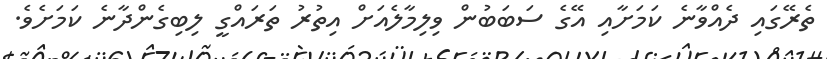
ތެރޭގައި ދެއްވާނެ ކަމަށާއި އޭގެ ސަބަބުން ވިލިމާލެއަށް އިތުރު ތަރައްގީ ލިބިގެންދާނެ ކަމަށެވެ.